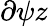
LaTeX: \partial{\psi}{z}